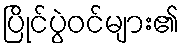
ပြိုင်ပွဲဝင်များ၏